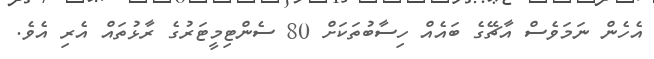
އެހެން ނަމަވެސް އާޗޭގެ ބައެއް ހިސާބުތަކަށް 80 ސެންޓިމީޓަރުގެ ރާޅުތައް އެރި އެވެ.